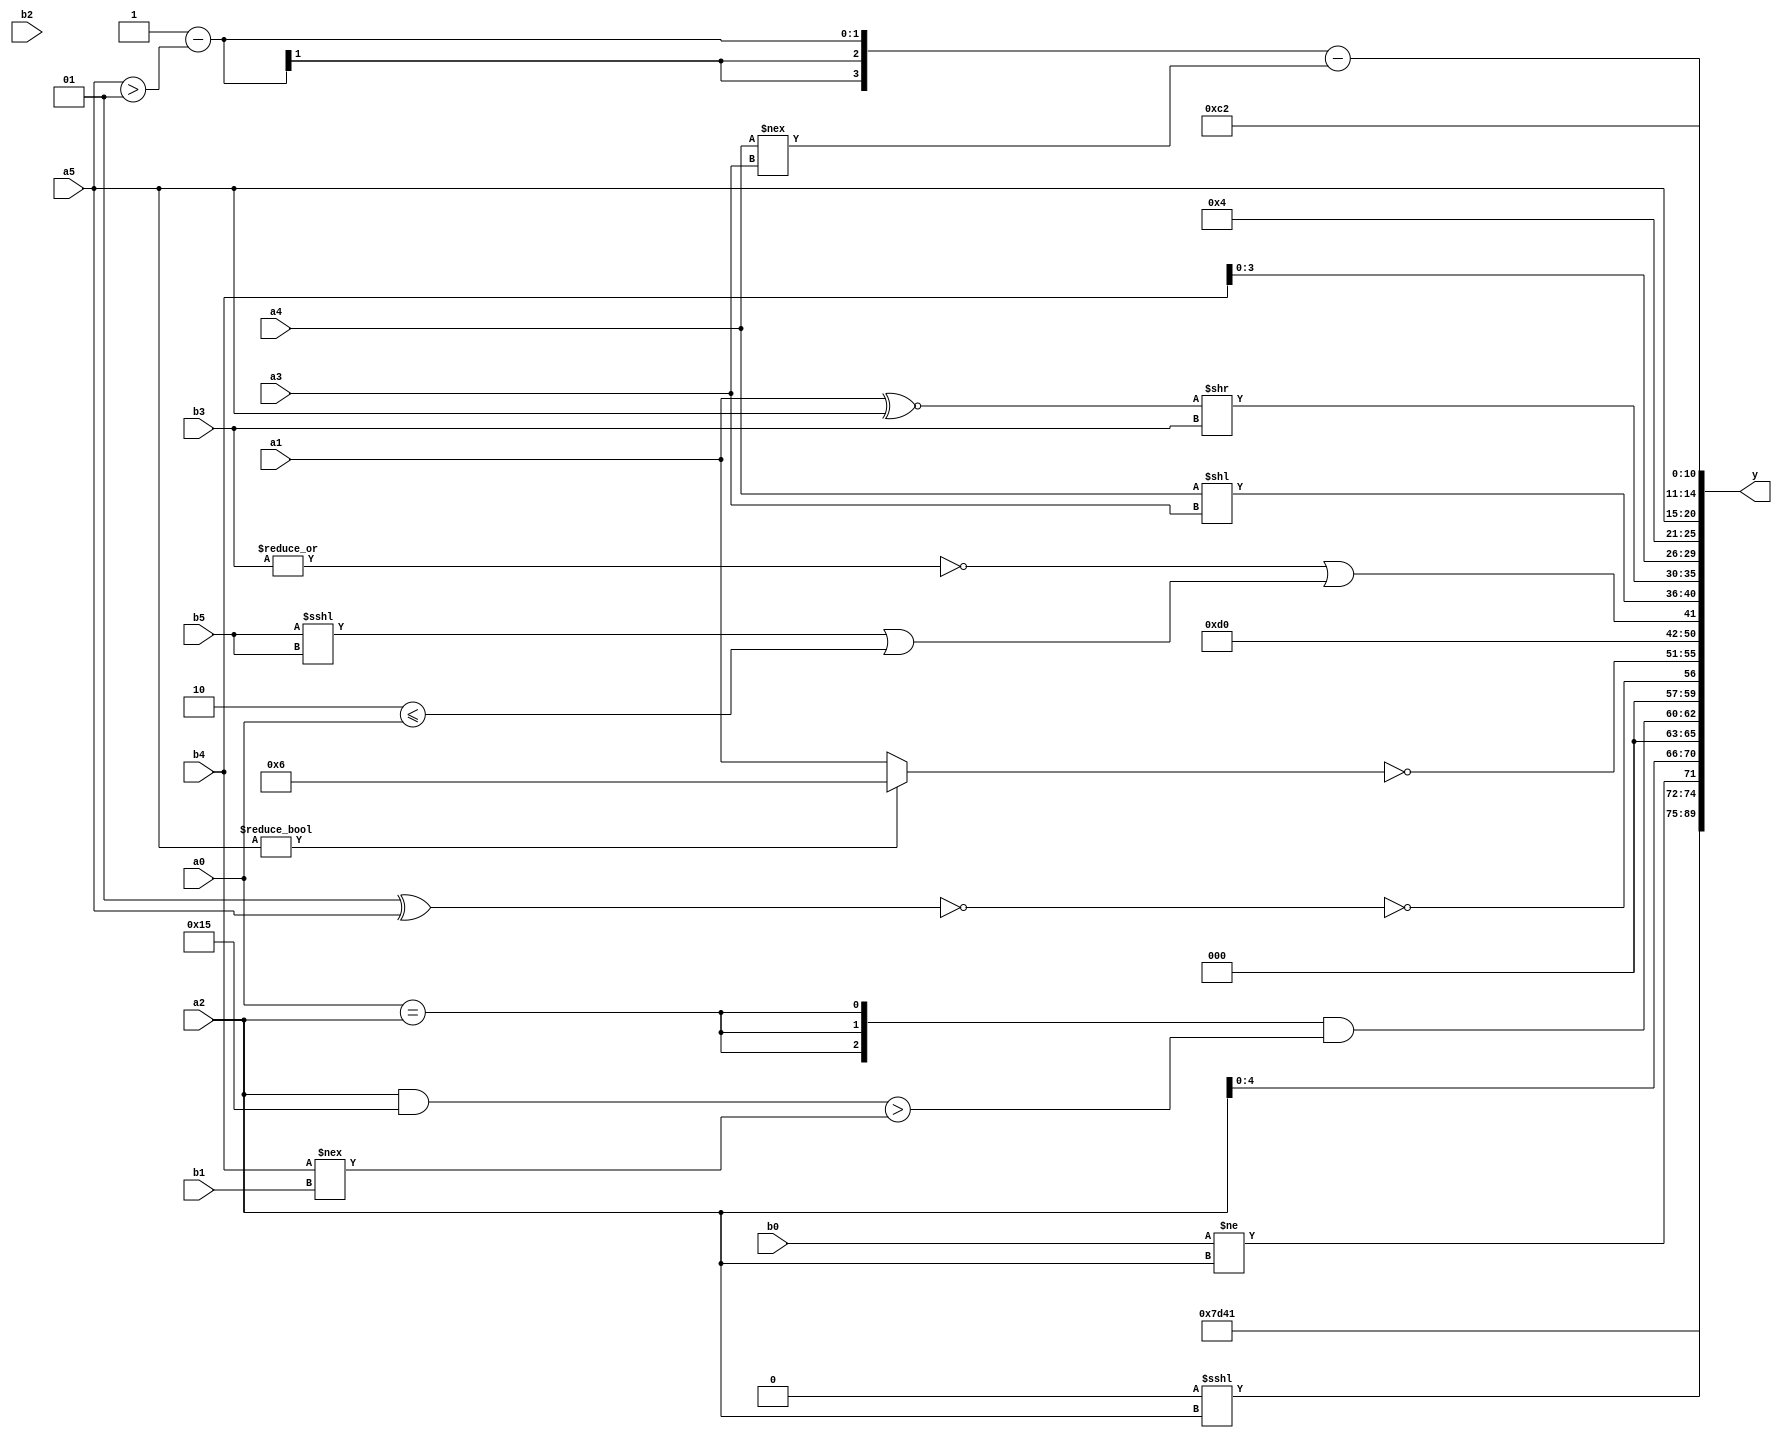
module expression_00908(a0, a1, a2, a3, a4, a5, b0, b1, b2, b3, b4, b5, y);
  input [3:0] a0;
  input [4:0] a1;
  input [5:0] a2;
  input signed [3:0] a3;
  input signed [4:0] a4;
  input signed [5:0] a5;

  input [3:0] b0;
  input [4:0] b1;
  input [5:0] b2;
  input signed [3:0] b3;
  input signed [4:0] b4;
  input signed [5:0] b5;

  wire [3:0] y0;
  wire [4:0] y1;
  wire [5:0] y2;
  wire signed [3:0] y3;
  wire signed [4:0] y4;
  wire signed [5:0] y5;
  wire [3:0] y6;
  wire [4:0] y7;
  wire [5:0] y8;
  wire signed [3:0] y9;
  wire signed [4:0] y10;
  wire signed [5:0] y11;
  wire [3:0] y12;
  wire [4:0] y13;
  wire [5:0] y14;
  wire signed [3:0] y15;
  wire signed [4:0] y16;
  wire signed [5:0] y17;

  output [89:0] y;
  assign y = {y0,y1,y2,y3,y4,y5,y6,y7,y8,y9,y10,y11,y12,y13,y14,y15,y16,y17};

  localparam [3:0] p0 = (~^{{(5'sd5),(5'd16)}});
  localparam [4:0] p1 = ((-4'sd2)?(4'd12):((4'd6)==(5'sd3)));
  localparam [5:0] p2 = (5'd2 * (3'd6));
  localparam signed [3:0] p3 = {({{(2'sd1),(3'd1)},((2'd2)>=(4'd13)),{(3'sd2),(5'sd11),(2'sd0)}}||(4'sd2))};
  localparam signed [4:0] p4 = {2{(+{3{(5'd3)}})}};
  localparam signed [5:0] p5 = ({((4'd7)?(3'd3):(-5'sd1)),((-5'sd2)?(-4'sd0):(5'd2))}=={4{{3{(5'sd14)}}}});
  localparam [3:0] p6 = (-4'sd3);
  localparam [4:0] p7 = {3{(3'sd0)}};
  localparam [5:0] p8 = (-5'sd11);
  localparam signed [3:0] p9 = (&(!(~|({(4'sd3),(5'sd15),(5'sd9)}&{(4'd14),(2'sd1)}))));
  localparam signed [4:0] p10 = (2'd2);
  localparam signed [5:0] p11 = (4'd6);
  localparam [3:0] p12 = ((&((4'sd4)?(5'd12):(5'd4)))?(+({2{(5'd14)}}&&(-5'sd13))):(((-3'sd0)?(2'd1):(3'd4))===(~&(-3'sd0))));
  localparam [4:0] p13 = ({2{(!(3'sd2))}}&(~|((^(2'd2))!={1{(5'sd8)}})));
  localparam [5:0] p14 = {3{{3{(2'sd1)}}}};
  localparam signed [3:0] p15 = (5'sd3);
  localparam signed [4:0] p16 = ({(4'd1)}||(|(4'sd0)));
  localparam signed [5:0] p17 = ((((2'd3)==(4'd13))<<((3'd5)>>>(-4'sd5)))<=(~&(+(~&((5'd24)!==(3'sd1))))));

  assign y0 = (~p12);
  assign y1 = (+{{{3{{4{p8}}}}},({p1,p15}?(p0?p5:p2):(p5?p4:p0)),({4{p4}}?{3{p14}}:(~^p6))});
  assign y2 = (~|{1{(&((-4'sd5)))}});
  assign y3 = {(p13<<<a2),(b0!=a2)};
  assign y4 = (b2?a2:a2);
  assign y5 = ({3{(a0==a2)}}&((a2&&p14)>(b4!==b1)));
  assign y6 = (^{(!(&(!(p17^a5))))});
  assign y7 = ((-3'sd0)?(-4'sd3):(~(a5?p11:a1)));
  assign y8 = (5'd26);
  assign y9 = ((~|{4{b3}})|((b5<<<b5)||(p10<=a0)));
  assign y10 = {{a5},(p13-a1),(a4<<a3)};
  assign y11 = {3{((a1^~a5)>>{1{b3}})}};
  assign y12 = {1{b4}};
  assign y13 = (4'sd4);
  assign y14 = {(^(p2^p12)),$unsigned((p11?a5:a5))};
  assign y15 = (((p17<=p10)-(a5>p16))-($signed(p14)?(a4!==a3):(p5-p2)));
  assign y16 = (3'd3);
  assign y17 = {{(4'd2)}};
endmodule